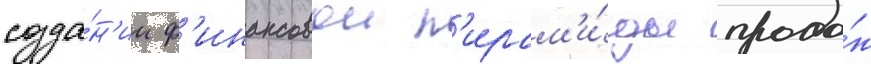
созда́н'ии ф'инансовои п'ирам'и́ды прода́ж